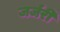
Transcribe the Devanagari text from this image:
जर्जरी